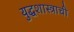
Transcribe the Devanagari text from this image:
युद्धशास्त्राची